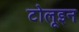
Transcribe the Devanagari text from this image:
टोलूइन